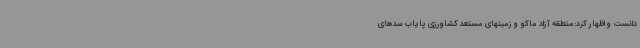
دانست و اظهار کرد:منطقه آزاد ماکو و زمینهای مستعد کشاورزی پایاب سدهای